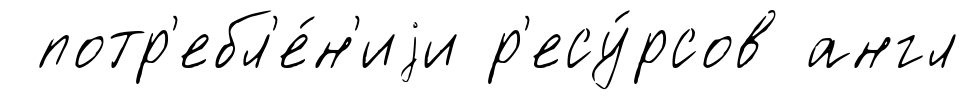
потр'ебл'е́н'иjи р'есу́рсов англ